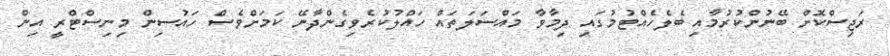
ރަޖިސްކޮށް ބޭނުންކުރުމާއި ބެލެހެއްޓުމުގައި ދިމާވާ މައްސަލަތައް ހައްލުކުރެވިގެންދާނޭ ކަމަށްވެސް ހައުސިން މިނިސްޓްރީ އިން